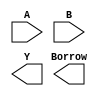
module gate_level_subtractor(
    input [3:0] A,
    input [3:0] B,
    output [3:0] Y,
    output Borrow
);

wire [3:0] Diff;
wire [3:0] Borrow_temp;

// First stage
xor x0(A[0], B[0], Diff[0]);
and a0(B[0], ~A[0], Borrow_temp[0]);

// Second stage
xor x1(A[1], B[1], Diff[1]);
and a1(B[1], ~A[1], Borrow_temp[1]);

// Third stage
xor x2(A[2], B[2], Diff[2]);
and a2(B[2], ~A[2], Borrow_temp[2]);

// Fourth stage
xor x3(A[3], B[3], Diff[3]);
and a3(B[3], ~A[3], Borrow_temp[3]);

and Borrow(Borrow_temp[0], Borrow_temp[1], Borrow_temp[2], Borrow_temp[3]);

assign Y = Diff;

endmodule